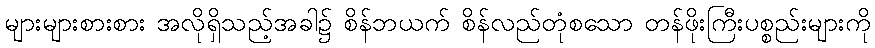
များများစားစား အလိုရှိသည့်အခါ၌ စိန်ဘယက် စိန်လည်တုံစသော တန်ဖိုးကြီးပစ္စည်းများကို